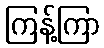
ကြန့်ကြာ